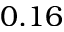
0 . 1 6